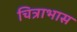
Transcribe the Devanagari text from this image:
चित्राभास